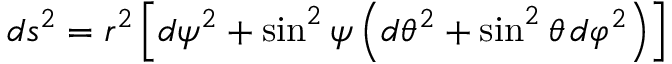
d s ^ { 2 } = r ^ { 2 } \left[ d \psi ^ { 2 } + \sin ^ { 2 } \psi \left( d \theta ^ { 2 } + \sin ^ { 2 } \theta \, d \varphi ^ { 2 } \right) \right]